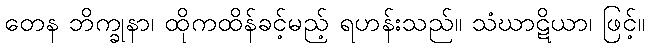
တေန ဘိက္ခုနာ၊ ထိုကထိန်ခင့်မည့် ရဟန်းသည်။ သံဃာဋိယာ၊ ဖြင့်။